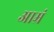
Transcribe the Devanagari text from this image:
आम्रं